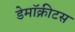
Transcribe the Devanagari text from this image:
डेमॉक्रीटस